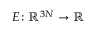
E \colon \ensuremath { \mathbb { R } } ^ { 3 N } \to \ensuremath { \mathbb { R } }